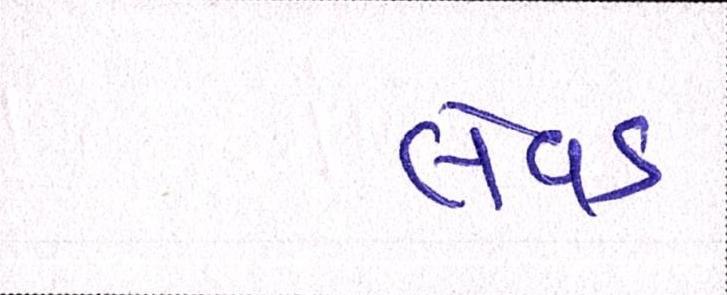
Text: લેવડ